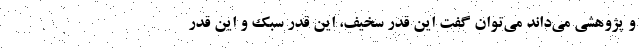
و پژوهشی می‌داند می‌توان گفت این قدر سخیف، این قدر سبُک و این قدر